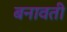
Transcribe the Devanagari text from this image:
बनावती